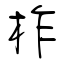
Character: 柞